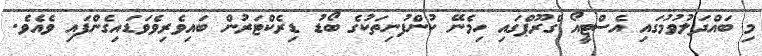
މި ބައްދަލުވުމުގައި އެސްޓީއޯ ގްރޫޕްގައި ހިމެނޭ ކުންފުނިތަކުގެ ބޯޑު ޑިރެކްޓަރުން ބައިވެރިވެވަޑައިގެންފައި ވެއެވެ.